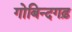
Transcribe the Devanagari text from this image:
गोबिन्दगढ़